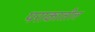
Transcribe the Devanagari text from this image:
पराकातील